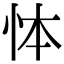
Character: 㤓